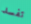
تفسد